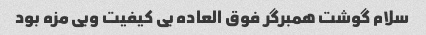
سلام گوشت همبرگر فوق العاده بی کیفیت وبی مزه بود